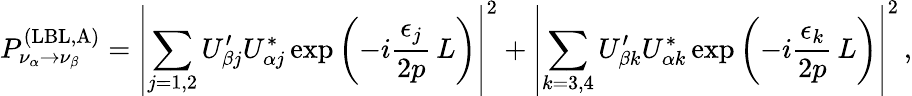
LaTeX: P_{\nu_{\alpha}\to\nu_{\beta}}^{(\mathrm{LBL,A})}=\left|\sum_{j=1,2}U_{\beta j}^{\prime}U_{\alpha j}^{*}\exp{\left(-i\frac{\epsilon_{j}}{2p}\, L\right)}\right|^{2}+\left|\sum_{k=3,4}U_{\beta k}^{\prime}U_{\alpha k}^{*}\exp{\left(-i\frac{\epsilon_{k}}{2p}\, L\right)}\right|^{2}\, ,